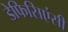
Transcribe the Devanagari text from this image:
डेफिसिएंसी